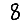
Digit: 8